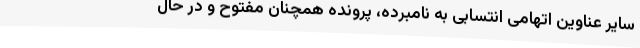
سایر عناوین اتهامی انتسابی به نامبرده، پرونده همچنان مفتوح و در حال